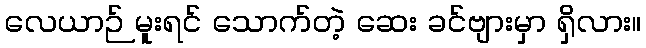
လေယာဉ် မူးရင် သောက်တဲ့ ဆေး ခင်ဗျားမှာ ရှိလား။